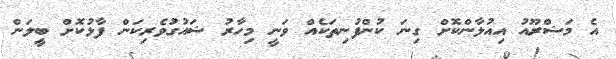
އެ މަޝްރޫއު އިއުލާންކޮށް ގިނަ ކުންފުނިތަކެއް ވަނީ މިހާރު ޝައުގުވެރިކަން ފާޅުކޮށް ބީލަން